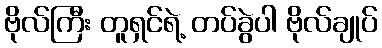
ဗိုလ်ကြီး တူရှင်ရဲ့ တပ်ခွဲပါ ဗိုလ်ချုပ်